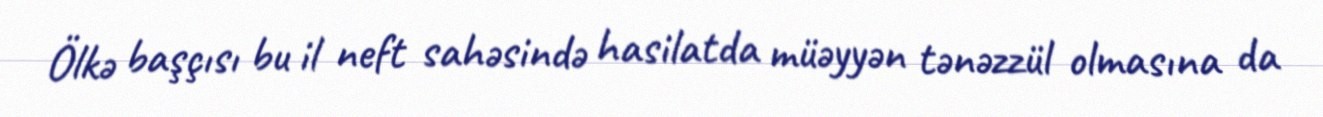
Ölkə başçısı bu il neft sahəsində hasilatda müəyyən tənəzzül olmasına da